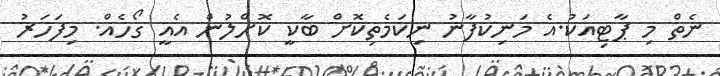
ނެތް މި ޕާޓިއަކު.އެ މަނިކުފާނު ނިކަމެތިކޮށް ބާކީ ކޮށްލުން އެއީ ގޯހެއް. މިފަހަރު